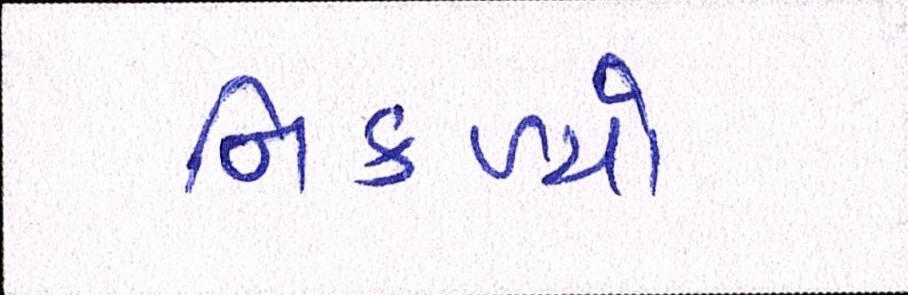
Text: નિકળ્યો